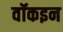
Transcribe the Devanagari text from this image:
वॉकइन